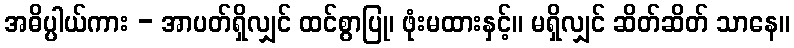
အဓိပ္ပါယ်ကား - အာပတ်ရှိလျှင် ထင်စွာပြု၊ ဖုံးမထားနှင့်။ မရှိလျှင် ဆိတ်ဆိတ် သာနေ။